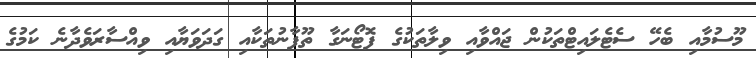
މޫސުމާއި ބެހޭ ސެޓެލައިޓްތަކުން ޖައްވާއި ވިލާތަކުގެ ފޮޓޯނަގާ ތޫފާނުތަކާއި ގަދަވަޔާއި ވިއްސާރަވެދާނެ ކަމުގެ